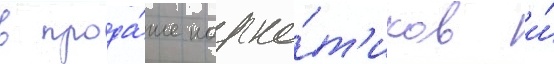
в прода́же нарко́т'иков и́